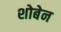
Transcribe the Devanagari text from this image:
शोबेन